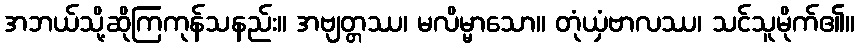
အဘယ်သို့ဆိုကြကုန်သနည်း။ အဗျတ္တဿ၊ မလိမ္မာသော။ တုံယှံဗာလဿ၊ သင်သူမိုက်၏။